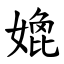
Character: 嫓